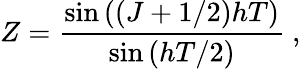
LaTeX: Z={\frac{\sin\left(\left(J+1/2\right)hT\right)}{\sin\left(hT/2\right)}}\ ,